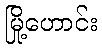
မြို့ဟောင်း